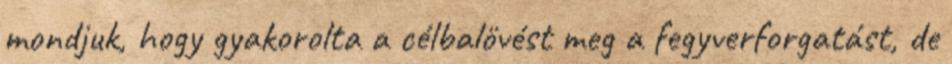
mondjuk, hogy gyakorolta a célbalövést meg a fegyverforgatást, de